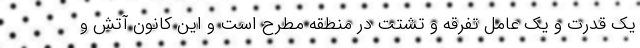
یک قدرت و یک عامل تفرقه و تشتت در منطقه مطرح است و این کانون آتش و